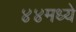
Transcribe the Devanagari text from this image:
४४मध्ये